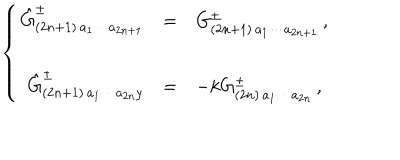
\left\{ \begin{array} { r c l } { { \hat { G } _ { ( 2 n + 1 ) \, a _ { 1 } \cdots a _ { 2 n + 1 } } ^ { \pm } } } & { { = } } & { { G _ { ( 2 n + 1 ) \, a _ { 1 } \cdots a _ { 2 n + 1 } } ^ { \pm } \, , } } \\ { { } } & { { } } & { { } } \\ { { \hat { G } _ { ( 2 n + 1 ) \, a _ { 1 } \cdots a _ { 2 n } y } ^ { \pm } } } & { { = } } & { { - k G _ { ( 2 n ) \, a _ { 1 } \cdots a _ { 2 n } } ^ { \pm } \, , } } \\ \end{array} \right.